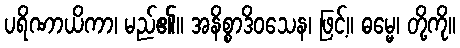
ပရိဏာယိကာ၊ မည်၏။ အနိစ္စာဒိဝသေန၊ ဖြင့်။ ဓမ္မေ၊ တို့ကို။